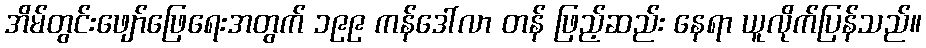
အိမ်တွင်းဖျော်ဖြေရေးအတွက် ၁၉၉ ကန်ဒေါ်လာ တန် ဖြည့်ဆည်း နေရာ ယူလိုက်ပြန်သည်။